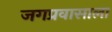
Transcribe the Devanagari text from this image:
जगप्रवासाला